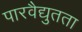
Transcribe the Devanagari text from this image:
पारवैद्युतता